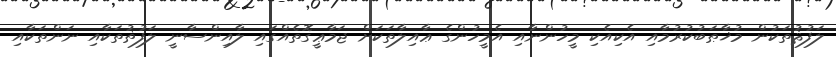
ލަފުޘުތަކުން މުޚާޠަބުކުރުމާއި އެކިއެކި މީހުންނާއި އެމީހުންގެ ޢާއިލާތަކަށް ޖަމާޢީގޮތެއްގައި ލާއިންސާނީ ލަފުޡުތަކާއި ނަންތަކާއި